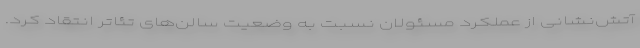
آتش‌نشانی از عملکرد مسئولان نسبت به وضعیت سالن‌های تئاتر انتقاد کرد.